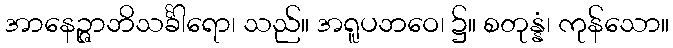
အာနေဉ္ဇာဘိသင်္ခါရော၊ သည်။ အရူပဘဝေ၊ ၌။ စတုန္နံ၊ ကုန်သော။